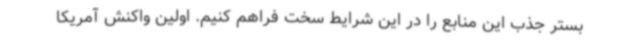
بستر جذب این منابع را در این شرایط سخت فراهم کنیم. اولین واکنش آمریکا